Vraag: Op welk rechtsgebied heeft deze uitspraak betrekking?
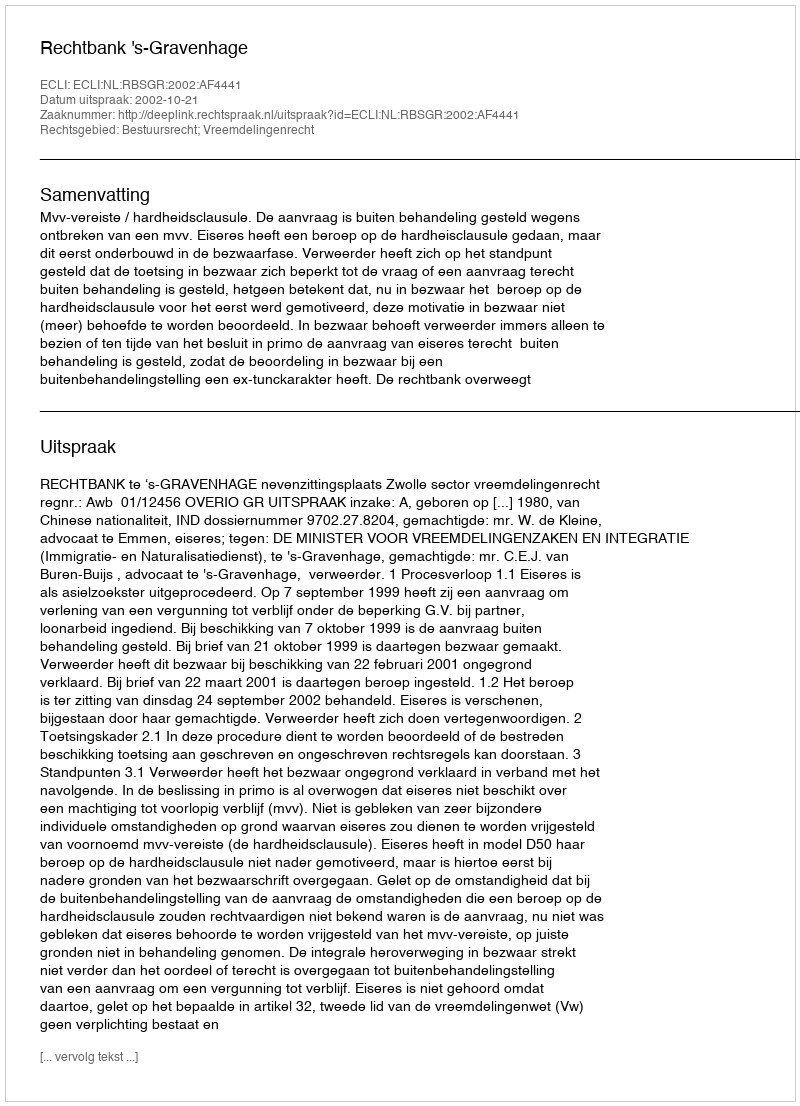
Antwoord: Bestuursrecht; Vreemdelingenrecht